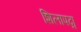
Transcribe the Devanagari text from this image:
शिलापद्म